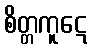
စိတ္တကူဋေ